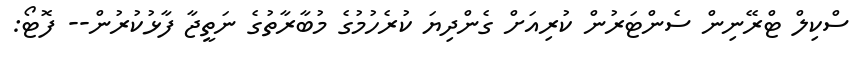
ސްކިލް ޓްރޭނިން ސެންޓަރުން ކުރިއަށް ގެންދިޔަ ކުރެހުމުގެ މުބާރާތުގެ ނަތީޖާ ފާޅުކުރުން-- ފޮޓޯ: